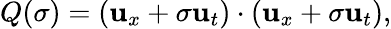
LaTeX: Q(\sigma)=(\textbf{u}_{x}+\sigma\textbf{u}_{t})\cdot(\textbf{u}_{x}+\sigma\textbf{u}_{t}),